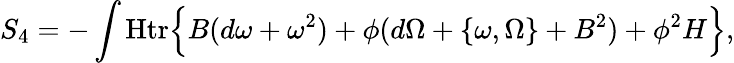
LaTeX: S_{4}=-\int{\mathrm{Htr}}\Bigl\{ B(d\omega+\omega^{2})+\phi(d\Omega+\{ \omega,\Omega\} +B^{2})+\phi^{2}H\Bigr\} ,